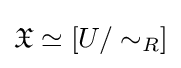
{\mathfrak {X}}\simeq [U/\sim _{R}]